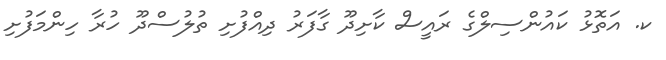
ކ. އަތޮޅު ކައުންސިލްގެ ރައީސް ކާށިދޫ ގާފަރު ދިއްފުށި ތުލުސްދޫ ހުރާ ހިންމަފުށި